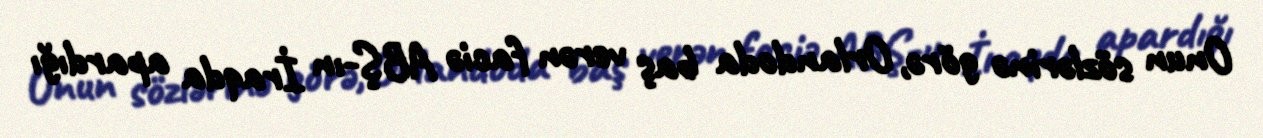
Onun sözlərinə görə, Orlandoda baş verən faciə ABŞ-ın İraqda apardığı